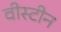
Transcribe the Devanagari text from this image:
वीस्टीन